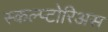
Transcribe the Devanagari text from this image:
स्कल्प्टोरिअस